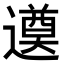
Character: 𨗖